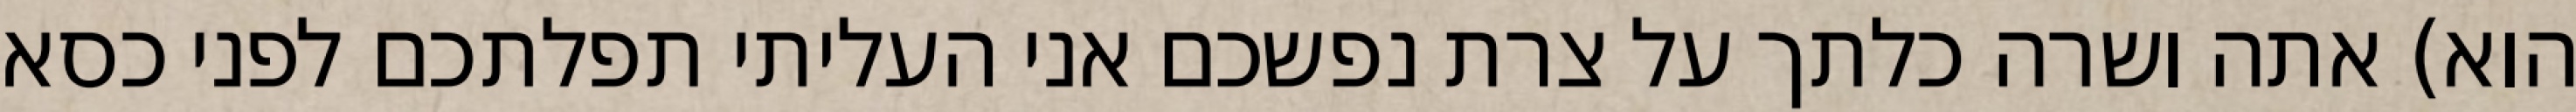
הוא) אתה ושרה כלתך על צרת נפשכם אני העליתי תפלתכם לפני כסא